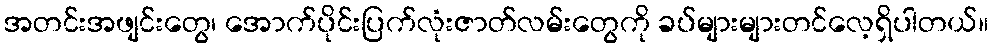
အတင်းအဖျင်းတွေ၊ အောက်ပိုင်းပြက်လုံးဇာတ်လမ်းတွေကို ခပ်များများတင်လေ့ရှိပါတယ်။